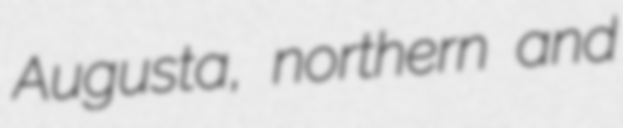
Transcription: Augusta, northern and